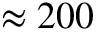
\approx 2 0 0